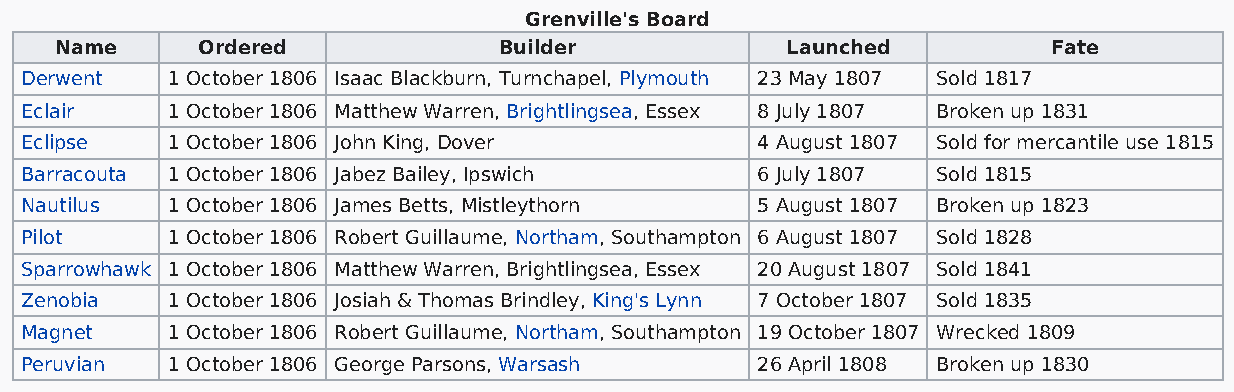
Grenville's Board
 Name     Ordered             Builder            Launched          Fate
 Derwent   1 October 1806 Isaac Blackburn, Turnchapel, Plymouth 23 May 1807 Sold 1817
 Eclair    1 October 1806 Matthew Warren, Brightlingsea, Essex 8 July 1807 Broken up 1831
 Eclipse   1 October 1806 John King, Dover        4 August 1807 Sold for mercantile use 1815
 Barracouta 1 October 1806 Jabez Bailey, Ipswich  6 July 1807 Sold 1815
 Nautilus  1 October 1806 James Betts, Mistleythorn 5 August 1807 Broken up 1823
 Pilot     1 October 1806 Robert Guillaume, Northam, Southampton 6 August 1807 Sold 1828
 Sparrowhawk 1 October 1806 Matthew Warren, Brightlingsea, Essex 20 August 1807 Sold 1841
 Zenobia   1 October 1806 Josiah & Thomas Brindley, King's Lynn 7 October 1807 Sold 1835
 Magnet    1 October 1806 Robert Guillaume, Northam, Southampton 19 October 1807 Wrecked 1809
 Peruvian  1 October 1806 George Parsons, Warsash 26 April 1808 Broken up 1830